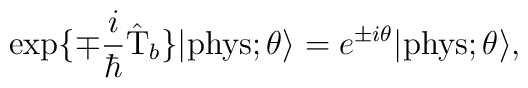
\exp\{\mp \frac{i}{\hbar} \hat{\rm T}_b\}  |{\rm phys}; \theta \rangle= e^{\pm i\theta}  |{\rm phys}; \theta \rangle,